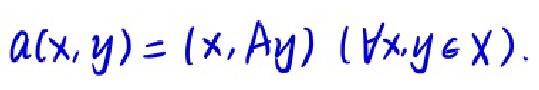
\[ a(x, y)=(x, Ay)\ (\forall x,y\in X). \]